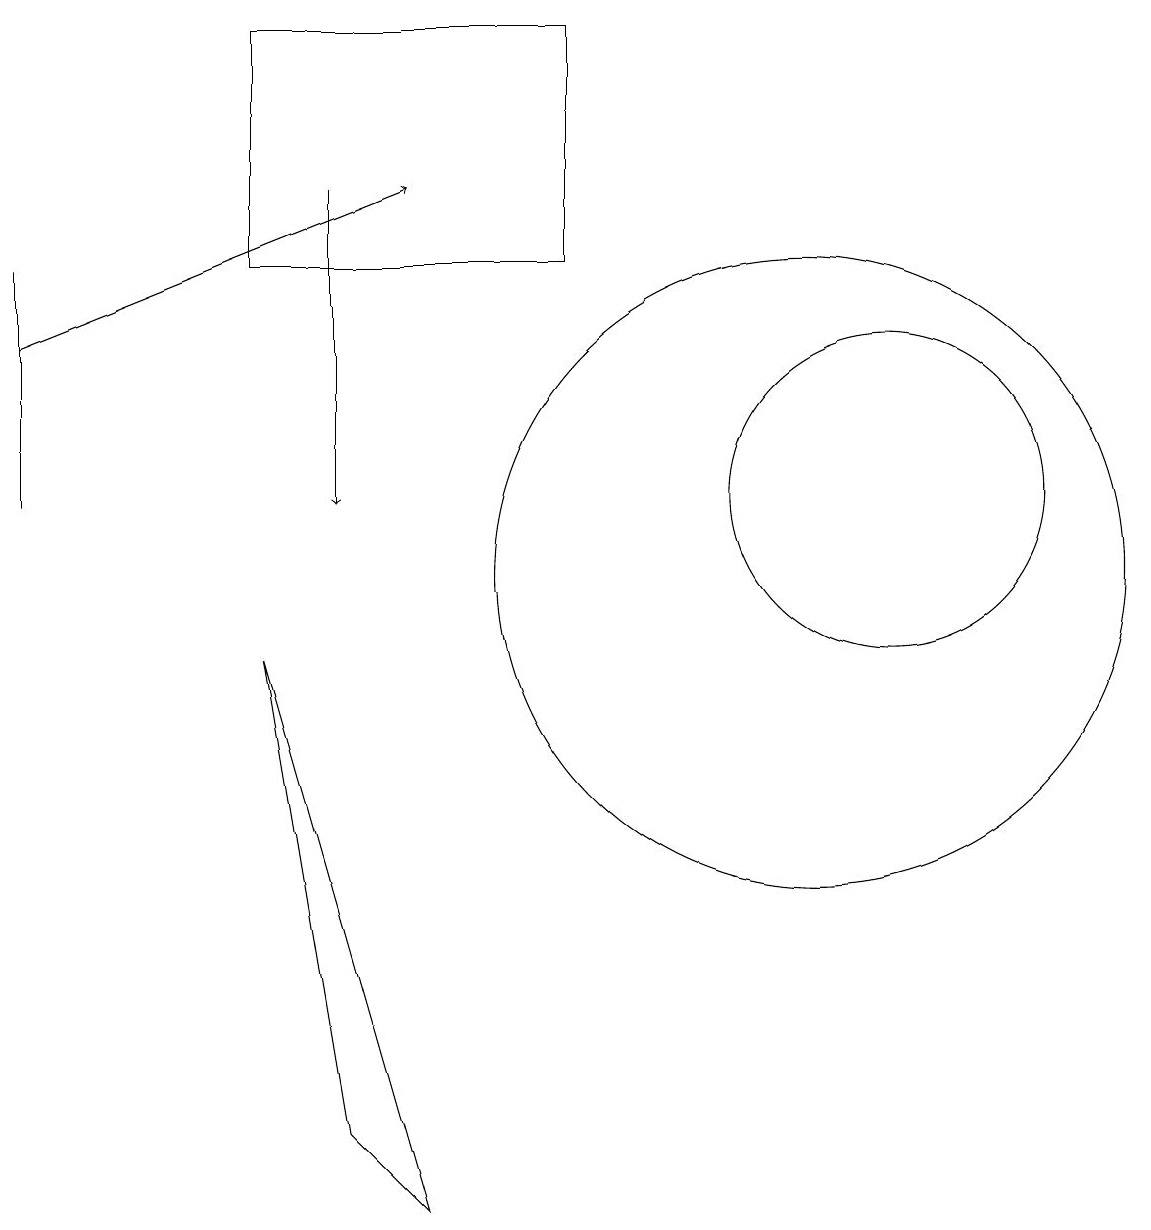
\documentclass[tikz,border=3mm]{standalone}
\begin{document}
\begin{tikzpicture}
\draw (5,2) -- (3,9) -- (4,3) -- cycle;
\draw[->] (0,13) -- (5,15);
\draw[->] (4,15) -- (4,11);
\draw (0,14) rectangle (0,11);
\draw (10,10) circle (4);
\draw (0,11) rectangle (0,11);
\draw (3,14) rectangle (7,17);
\draw (11,11) circle (2);
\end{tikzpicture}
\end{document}